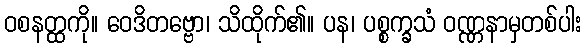
ဝစနတ္ထကို။ ဝေဒိတဗ္ဗော၊ သိထိုက်၏။ ပန၊ ပစ္စက္ခသံ ဝဏ္ဏနာမှတစ်ပါး